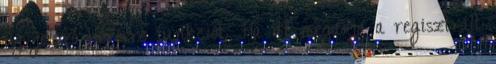
új jelszó kérésre funkciót. Ha itt megadja a regisztrált